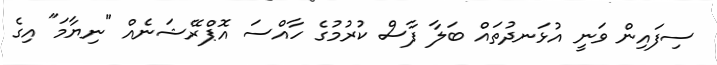
ސިފައިން ވަނީ އުޅަނދުތައް ބަލާ ފާސް ކުރުުމުގެ ހާއްސަ އޮޕްރޭޝަނެއް "ނިޔާމަ" އިގެ